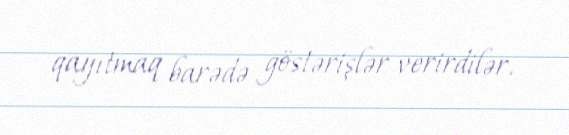
qayıtmaq barədə göstərişlər verirdilər.